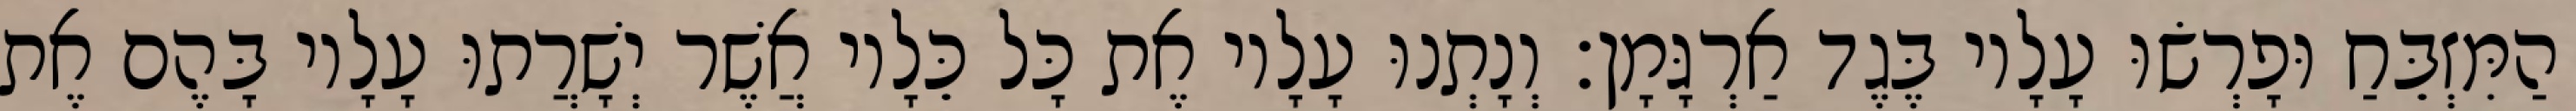
הַמִּזְבֵּחַ וּפָרְשׂוּ עָלָיו בֶּגֶד אַרְגָּמָן׃ וְנָתְנוּ עָלָיו אֶת כָּל כֵּלָיו אֲשֶׁר יְשָׁרֲתוּ עָלָיו בָּהֶם אֶת